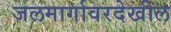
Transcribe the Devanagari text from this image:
जलमार्गावरदेखील